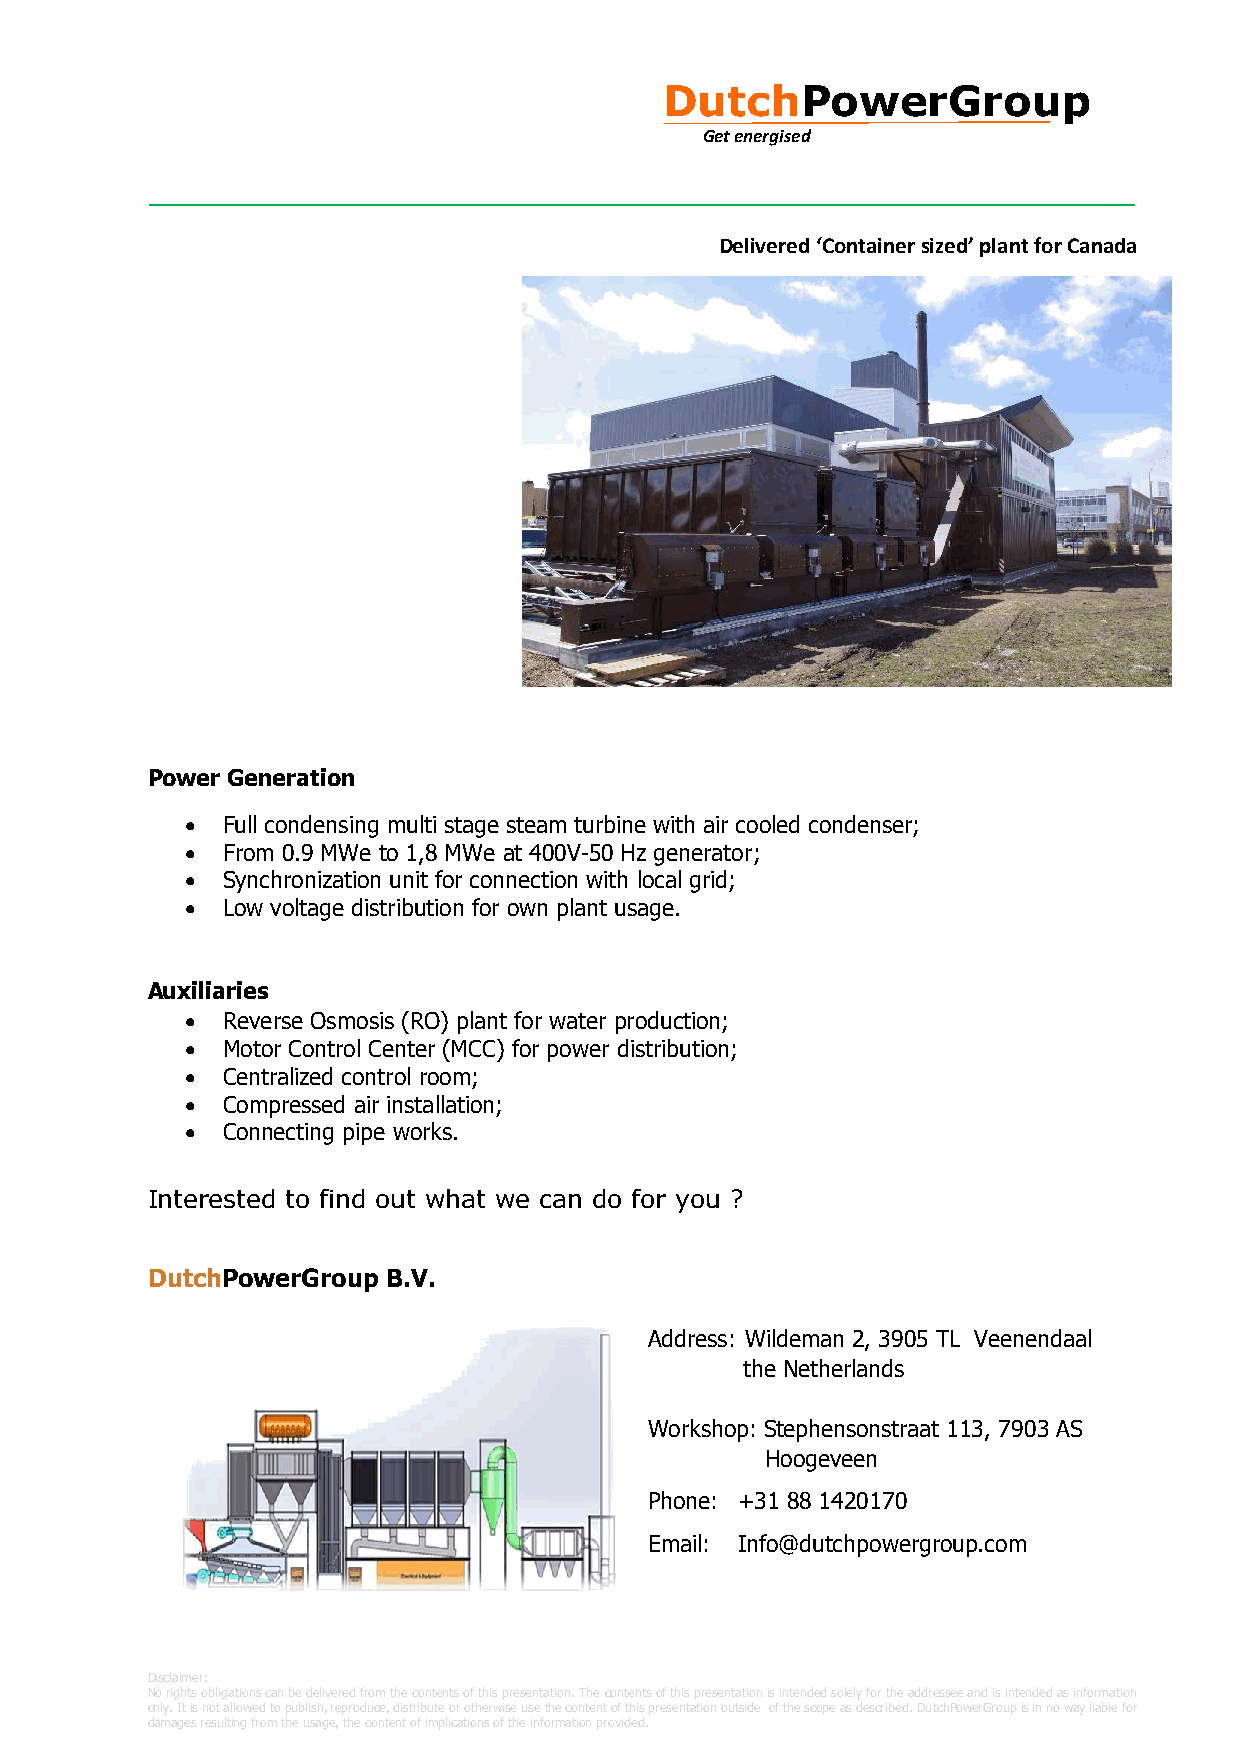
DutchPowerGroup
 Get energised
 Delivered ‘Container sized’ plant for Canada
 Power Generation
 •  Full condensing multi stage steam turbine with air cooled condenser;
 •  From 0.9 MWe to 1,8 MWe at 400V-50 Hz generator;
 •  Synchronization unit for connection with local grid;
 •  Low voltage distribution for own plant usage.
 Auxiliaries
 •  Reverse Osmosis (RO) plant for water production;
 •  Motor Control Center (MCC) for power distribution;
 •  Centralized control room;
 •  Compressed air installation;
 •  Connecting pipe works.
 Interested to find out what we can do for you ?
 DutchPowerGroup B.V.
 Address: Wildeman 2, 3905 TL Veenendaal
 the Netherlands
 Workshop: Stephensonstraat 113, 7903 AS
 Hoogeveen
 Phone: +31 88 1420170
 Email: Info@dutchpowergroup.com
 Disclaimer:
 No rights obligations can be delivered from the contents of this presentation. The contents of this presentation is intended solely for the addressee and is intended as information
 only. It is not allowed to publish, reproduce, distribute or otherwise use the content of this presentation outside of the scope as described. DutchPowerGroup is in no way liable for
 damages resulting from the usage, the content of implications of the information provided.